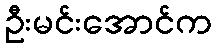
ဦးမင်းအောင်က